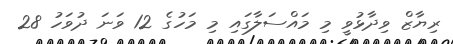
ރިޔާޒް ވިދާޅުވީ މި މައްސަލާގައި މި މަހުގެ 12 ވަނަ ދުވަހު 28